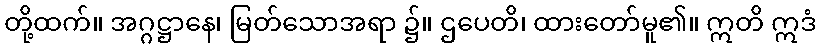
တို့ထက်။ အဂ္ဂဋ္ဌာနေ၊ မြတ်သောအရာ ၌။ ဌပေတိ၊ ထားတော်မူ၏။ ဣတိ ဣဒံ